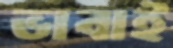
ভাবাই